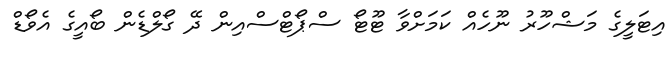
އިޓަލީގެ މަޝްހޫރު ނޫހެއް ކަމަށްވާ ޓޫޓޯ ސްޕޯޓްސްއިން ދޭ ގޯލްޑެން ބޯއީގެ އެވޯޑް